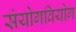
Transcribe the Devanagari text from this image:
संयोगवियोग